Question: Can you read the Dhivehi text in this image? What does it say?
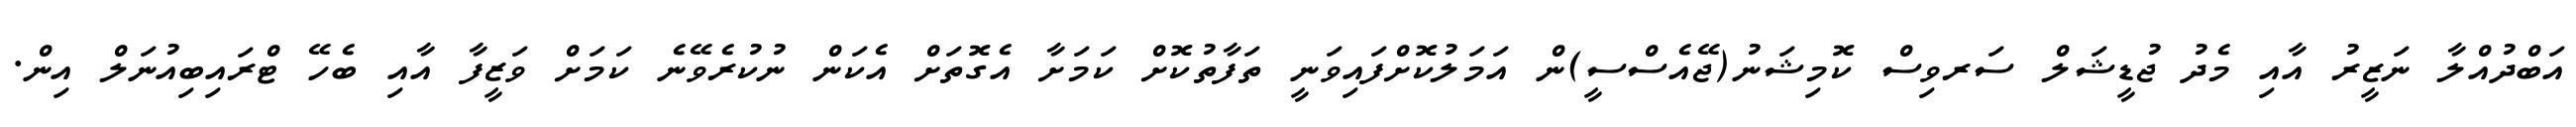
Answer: އަބްދުއްލާ ނަޒީރު އާއި މެދު ޖުޑީޝަލް ސަރވިސް ކޮމިޝަނު(ޖޭއެސްސީ)ން އަމަލުކޮށްފައިވަނީ ތަފާތުކޮށް ކަމަށާ އެގޮތަށް އެކަން ނުކުރެވޭނެ ކަމަށް ވަޒީފާ އާއި ބެހޭ ޓްރައިބިއުނަލް އިން.